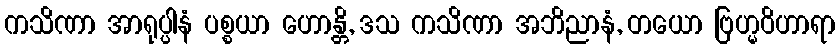
ကသိဏာ အာရုပ္ပါနံ ပစ္စယာ ဟောန္တိ, ဒသ ကသိဏာ အဘိညာနံ, တယော ဗြဟ္မဝိဟာရာ